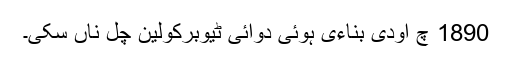
1890 چ اودی بناءی ہوئی دوائی ٹیوبرکولین چل ناں سکی۔